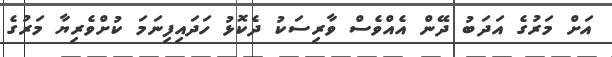
އަށް މަރުގެ އަދަބު ދޭން އެއްވެސް ވާރިސަކު ދެކޮޅު ހަދައިފިނަމަ ކުށްވެރިޔާ މަރުގެ